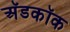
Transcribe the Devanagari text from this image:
अॅडकॉक